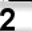
Digit: 2